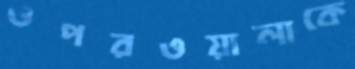
ওপরওয়ালাকে